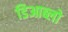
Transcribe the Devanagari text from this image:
डिआब्लो